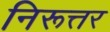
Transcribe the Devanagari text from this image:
निरूत्तर